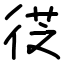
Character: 徔